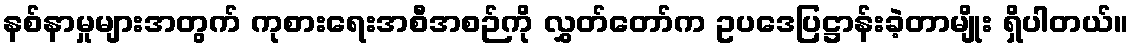
နစ်နာမှုများအတွက် ကုစားရေးအစီအစဉ်ကို လွှတ်တော်က ဥပဒေပြဋ္ဌာန်းခဲ့တာမျိုး ရှိပါတယ်။